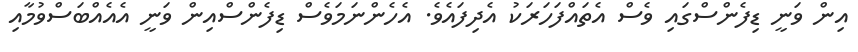
އިން ވަނީ ޑިފެންސްގައި ވެސް އެތައްފަހަރަކު އެދިފައެވެ. އެހެންނަމަވެސް ޑިފެންސްއިން ވަނީ އެއެއްބަސްވުމާއި